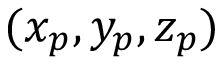
( x _ { p } , y _ { p } , z _ { p } )